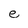
Character: e